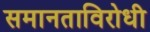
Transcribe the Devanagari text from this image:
समानताविरोधी